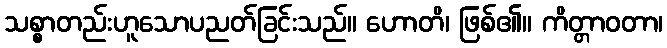
သစ္စာတည်းဟူသောပညတ်ခြင်းသည်။ ဟောတိ၊ ဖြစ်၏။ ကိတ္တာဝတာ၊